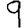
Digit: 9